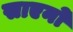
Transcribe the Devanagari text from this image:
साएनो